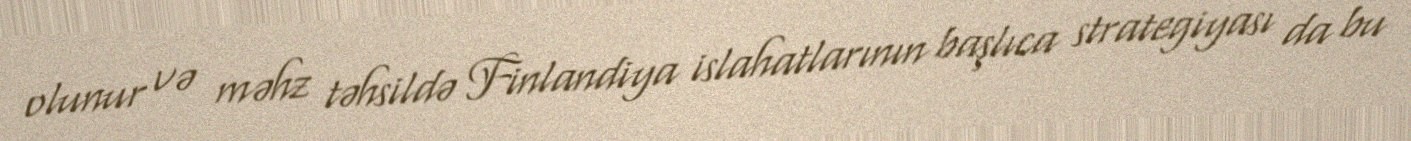
olunur və məhz təhsildə Finlandiya islahatlarının başlıca strategiyası da bu